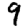
Digit: 9